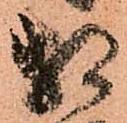
相